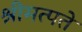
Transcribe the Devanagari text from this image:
श्रीमत्पते